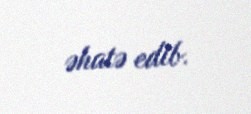
əhatə edib.